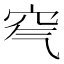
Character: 𥤶